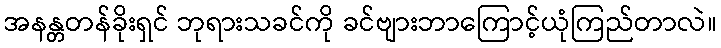
အနန္တတန်ခိုးရှင် ဘုရားသခင်ကို ခင်ဗျားဘာကြောင့်ယုံကြည်တာလဲ။